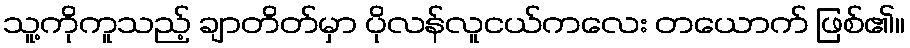
သူ့ကိုကူသည့် ချာတိတ်မှာ ပိုလန်လူငယ်ကလေး တယောက် ဖြစ်၏။